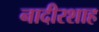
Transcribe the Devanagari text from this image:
नादीरशाह